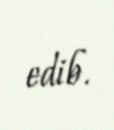
edib.